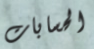
الحسابات